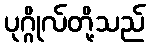
ပုဂ္ဂိုလ်တို့သည်